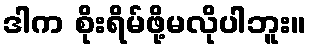
ဒါက စိုးရိမ်ဖို့မလိုပါဘူး။